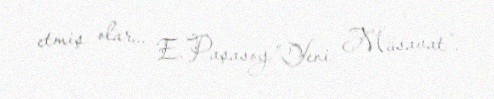
etmiş olar... E.Paşasoy,“Yeni Müsavat”.